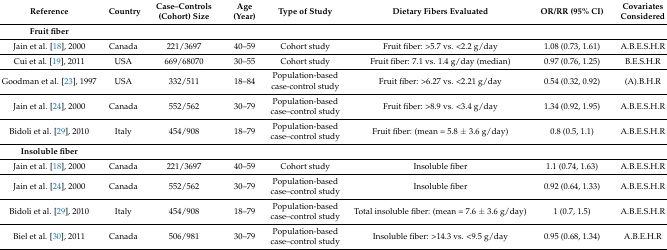
<table><thead><tr><td><b>Reference</b></td><td><b>Country</b></td><td><b>Case–Controls (Cohort) Size</b></td><td><b>Age (Year)</b></td><td><b>Type of Study</b></td><td><b>Dietary Fibers Evaluated</b></td><td><b>OR/RR (95% CI)</b></td><td><b>Covariates Considered</b></td></tr></thead><tbody><tr><td><b>Fruit fiber</b></td><td>[EMPTY_CELL]</td><td>[EMPTY_CELL]</td><td>[EMPTY_CELL]</td><td>[EMPTY_CELL]</td><td>[EMPTY_CELL]</td><td>[EMPTY_CELL]</td><td>[EMPTY_CELL]</td></tr><tr><td>Jain et al. [18], 2000</td><td>Canada</td><td>221/3697</td><td>40–59</td><td>Cohort study</td><td>Fruit fiber: &gt;5.7 vs. &lt;2.2 g/day</td><td>1.08 (0.73, 1.61)</td><td>A.B.E.S.H.R</td></tr><tr><td>Cui et al. [19], 2011</td><td>USA</td><td>669/68070</td><td>30–55</td><td>Cohort study</td><td>Fruit fiber: 7.1 vs. 1.4 g/day (median)</td><td>0.97 (0.76, 1.25)</td><td>B.E.S.H.R</td></tr><tr><td>Goodman et al. [23], 1997</td><td>USA</td><td>332/511</td><td>18–84</td><td>Population-based case-control study</td><td>Fruit fiber: &gt;6.27 vs. &lt;2.21 g/day</td><td>0.54 (0.32, 0.92)</td><td>(A).B.H.R</td></tr><tr><td>Jain et al. [24], 2000</td><td>Canada</td><td>552/562</td><td>30–79</td><td>Population-based case–control study</td><td>Fruit fiber: &gt;8.9 vs. &lt;3.4 g/day</td><td>1.34 (0.92, 1.95)</td><td>A.B.E.S.H.R</td></tr><tr><td>Bidoli et al. [29], 2010</td><td>Italy</td><td>454/908</td><td>18–79</td><td>Population-based case–control study</td><td>Fruit fiber: (mean = 5.8 ± 3.6 g/day)</td><td>0.8 (0.5, 1.1)</td><td>A.B.E.S.H.R</td></tr><tr><td><b>Insoluble fiber</b></td><td>[EMPTY_CELL]</td><td>[EMPTY_CELL]</td><td>[EMPTY_CELL]</td><td>[EMPTY_CELL]</td><td>[EMPTY_CELL]</td><td>[EMPTY_CELL]</td><td>[EMPTY_CELL]</td></tr><tr><td>Jain et al. [18], 2000</td><td>Canada</td><td>221/3697</td><td>40–59</td><td>Cohort study</td><td>Insoluble fiber</td><td>1.1 (0.74, 1.63)</td><td>A.B.E.S.H.R</td></tr><tr><td>Jain et al. [24], 2000</td><td>Canada</td><td>552/562</td><td>30–79</td><td>Population-based case–control study</td><td>Insoluble fiber</td><td>0.92 (0.64, 1.33)</td><td>A.B.E.S.H.R</td></tr><tr><td>Bidoli et al. [29], 2010</td><td>Italy</td><td>454/908</td><td>18–79</td><td>Population-based case–control study</td><td>Total insoluble fiber: (mean = 7.6 ± 3.6 g/day)</td><td>1 (0.7, 1.5)</td><td>A.B.E.S.H.R</td></tr><tr><td>Biel et al. [30], 2011</td><td>Canada</td><td>506/981</td><td>30–79</td><td>Population-based case–control study</td><td>Insoluble fiber: &gt;14.3 vs. &lt;9.5 g/day</td><td>0.95 (0.68, 1.34)</td><td>A.B.E.H.R</td></tr></tbody></table>